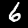
Label: 6